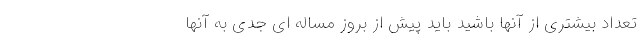
تعداد بیشتری از آنها باشید باید پیش از بروز مساله ای جدی به آنها